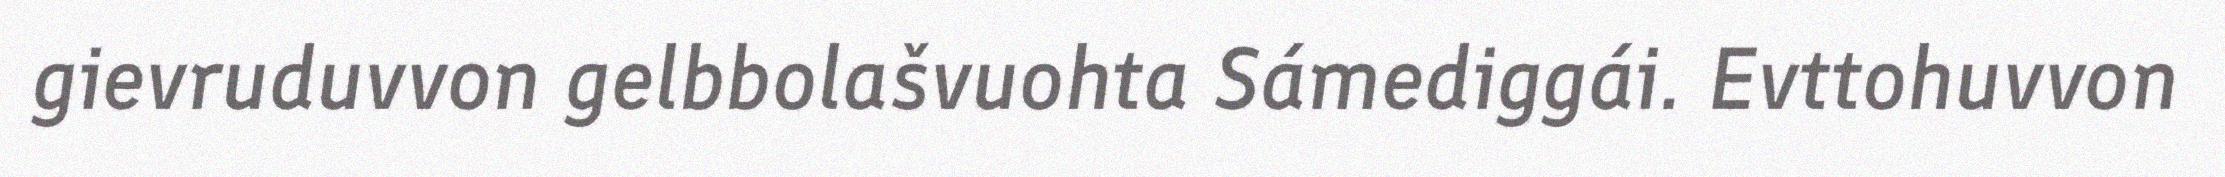
gievruduvvon gelbbolašvuohta Sámediggái. Evttohuvvon